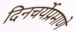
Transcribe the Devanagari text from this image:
दिनचर्येप्रमाणे